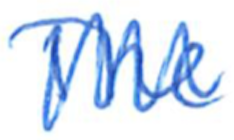
Text: The
Cross-out: mix
Writing tool: ballpoint